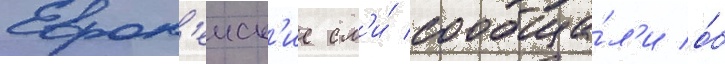
Европ'еиск'ие см'и́ сообща́л'и о́б